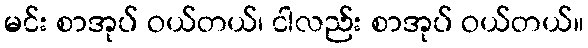
မင်း စာအုပ် ဝယ်တယ်၊ ငါလည်း စာအုပ် ဝယ်တယ်။